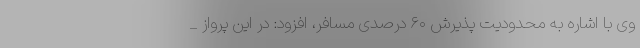
وی با اشاره به محدودیت پذیرش ۶۰ درصدی مسافر، افزود: در این پرواز _